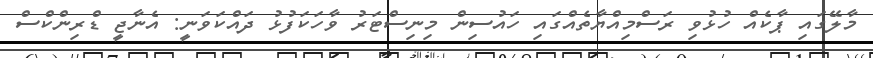
މާލޭގައި ޕާކެއް ހުޅުވި ރަސްމިއްޔާތެއްގައި ހައުސިން މިނިސްޓަރު ވާހަކަފުޅު ދައްކަވަނީ: އެނާޖީ ޑްރިންކްސް